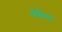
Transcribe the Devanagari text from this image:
गोवैद्य